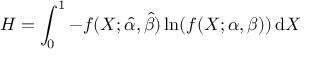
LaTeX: H = \int _ { 0 } ^ { 1 } - f ( X ; { \hat { \alpha } } , { \hat { \beta } } ) \ln ( f ( X ; \alpha , \beta ) ) \, \mathrm { { d } } X